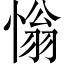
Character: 慃